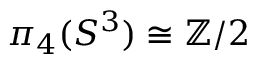
\pi _ { 4 } ( S ^ { 3 } ) \cong \mathbb { Z } / 2